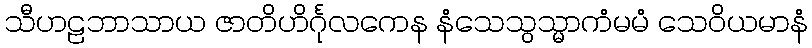
သီဟဠဘာသာယ ဇာတိဟိင်္ဂုလကေန နံသေသွသ္မာကံမမံ သေဝိယမာနံ